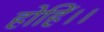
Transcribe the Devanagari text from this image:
होहिं।।